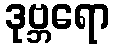
ဒုဗ္ဘရော